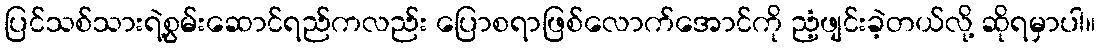
ပြင်သစ်သားရဲ့စွမ်းဆောင်ရည်ကလည်း ပြောစရာဖြစ်လောက်အောင်ကို ညံ့ဖျင်းခဲ့တယ်လို့ ဆိုရမှာပါ။